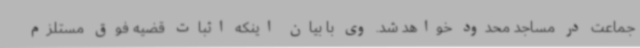
جماعت در مساجد محدود خواهد شد. وی با بیان اینکه اثبات قضیه فوق مستلزم